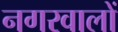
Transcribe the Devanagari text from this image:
नगरवालों